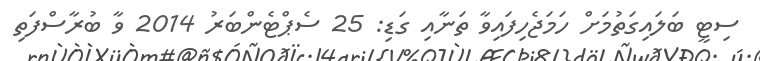
ސިޓީ ބަލައިގަތުމަށް ހަމަޖެހިފައިވާ ތަނާއި ގަޑި: 25 ސެޕްޓެންބަރު 2014 ވާ ބުރާސްފަތި